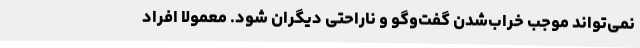
نمی‌تواند موجب خراب‌شدن گفت‌وگو و ناراحتی دیگران شود. معمولا افراد